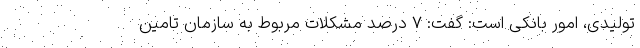
تولیدی، امور بانکی است: گفت: ۷ درصد مشکلات مربوط به سازمان تامین